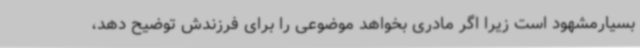
بسیارمشهود است زیرا اگر مادری بخواهد موضوعی را برای فرزندش توضیح دهد،